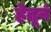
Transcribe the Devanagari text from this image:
हेतूनं